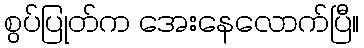
စွပ်ပြုတ်က အေးနေလောက်ပြီ။